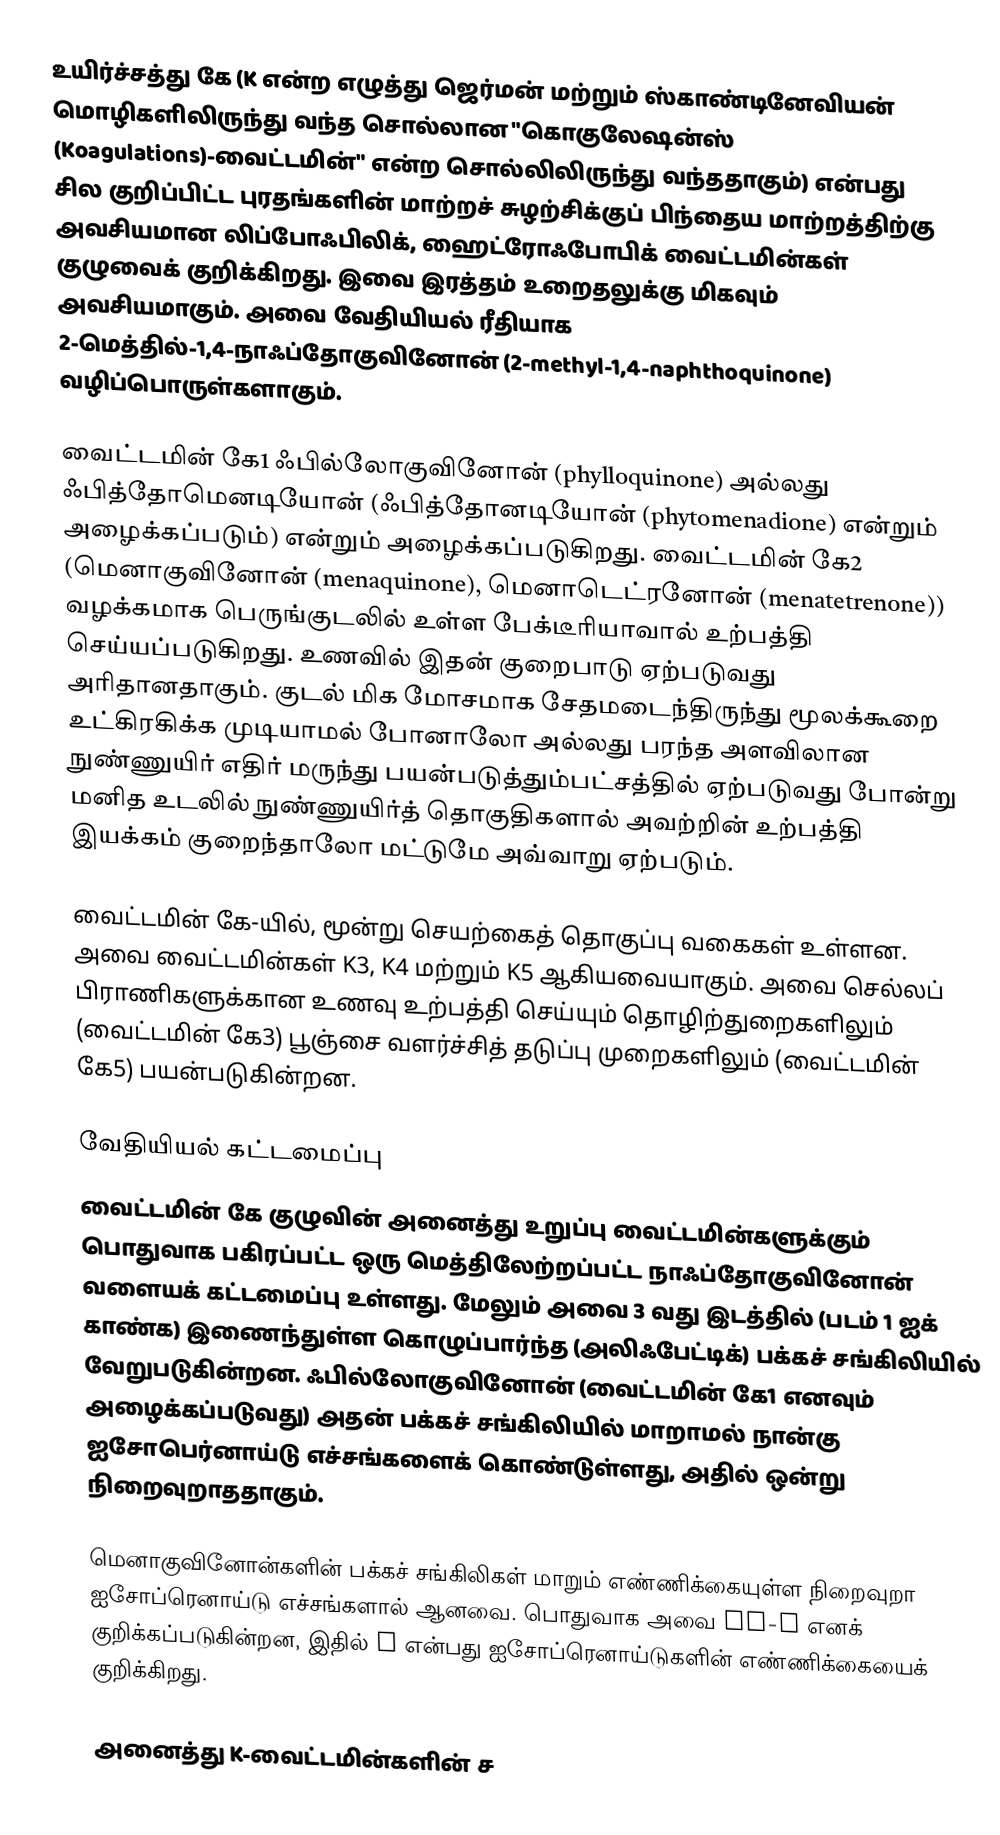
உயிர்ச்சத்து கே (K என்ற எழுத்து ஜெர்மன் மற்றும் ஸ்காண்டினேவியன் மொழிகளிலிருந்து வந்த சொல்லான "கொகுலேஷன்ஸ் (Koagulations)-வைட்டமின்" என்ற சொல்லிலிருந்து வந்ததாகும்) என்பது சில குறிப்பிட்ட புரதங்களின் மாற்றச் சுழற்சிக்குப் பிந்தைய மாற்றத்திற்கு அவசியமான லிப்போஃபிலிக், ஹைட்ரோஃபோபிக் வைட்டமின்கள் குழுவைக் குறிக்கிறது. இவை இரத்தம் உறைதலுக்கு மிகவும் அவசியமாகும். அவை வேதியியல் ரீதியாக 2-மெத்தில்-1,4-நாஃப்தோகுவினோன் (2-methyl-1,4-naphthoquinone) வழிப்பொருள்களாகும்.

வைட்டமின் கே1 ஃபில்லோகுவினோன் (phylloquinone) அல்லது ஃபித்தோமெனடியோன் (ஃபித்தோனடியோன் (phytomenadione) என்றும் அழைக்கப்படும்) என்றும் அழைக்கப்படுகிறது. வைட்டமின் கே2 (மெனாகுவினோன் (menaquinone), மெனாடெட்ரனோன் (menatetrenone)) வழக்கமாக பெருங்குடலில் உள்ள பேக்டீரியாவால் உற்பத்தி செய்யப்படுகிறது. உணவில் இதன் குறைபாடு ஏற்படுவது அரிதானதாகும். குடல் மிக மோசமாக சேதமடைந்திருந்து மூலக்கூறை உட்கிரகிக்க முடியாமல் போனாலோ அல்லது பரந்த அளவிலான நுண்ணுயிர் எதிர் மருந்து பயன்படுத்தும்பட்சத்தில் ஏற்படுவது போன்று மனித உடலில் நுண்ணுயிர்த் தொகுதிகளால் அவற்றின் உற்பத்தி இயக்கம் குறைந்தாலோ மட்டுமே அவ்வாறு ஏற்படும்.

வைட்டமின் கே-யில், மூன்று செயற்கைத் தொகுப்பு வகைகள் உள்ளன. அவை வைட்டமின்கள் K3, K4 மற்றும் K5 ஆகியவையாகும். அவை செல்லப் பிராணிகளுக்கான உணவு உற்பத்தி செய்யும் தொழிற்துறைகளிலும் (வைட்டமின் கே3) பூஞ்சை வளர்ச்சித் தடுப்பு முறைகளிலும் (வைட்டமின் கே5)  பயன்படுகின்றன.

வேதியியல் கட்டமைப்பு
வைட்டமின் கே குழுவின் அனைத்து உறுப்பு வைட்டமின்களுக்கும் பொதுவாக பகிரப்பட்ட ஒரு மெத்திலேற்றப்பட்ட நாஃப்தோகுவினோன் வளையக் கட்டமைப்பு உள்ளது. மேலும் அவை 3 வது இடத்தில் (படம் 1 ஐக் காண்க) இணைந்துள்ள கொழுப்பார்ந்த (அலிஃபேட்டிக்) பக்கச் சங்கிலியில் வேறுபடுகின்றன. ஃபில்லோகுவினோன் (வைட்டமின் கே1 எனவும் அழைக்கப்படுவது) அதன் பக்கச் சங்கிலியில் மாறாமல் நான்கு ஐசோபெர்னாய்டு எச்சங்களைக் கொண்டுள்ளது, அதில் ஒன்று நிறைவுறாததாகும்.

மெனாகுவினோன்களின் பக்கச் சங்கிலிகள் மாறும் எண்ணிக்கையுள்ள நிறைவுறா ஐசோப்ரெனாய்டு எச்சங்களால் ஆனவை. பொதுவாக அவை MK-n எனக் குறிக்கப்படுகின்றன, இதில் n என்பது ஐசோப்ரெனாய்டுகளின் எண்ணிக்கையைக் குறிக்கிறது.

அனைத்து K-வைட்டமின்களின் ச